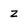
Character: Z